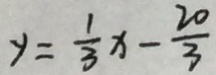
y = \frac { 1 } { 3 } x - \frac { 2 0 } { 3 }